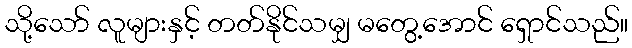
သို့သော် လူများနှင့် တတ်နိုင်သမျှ မတွေ့အောင် ရှောင်သည်။